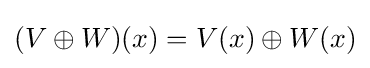
(V\oplus W)(x)=V(x)\oplus W(x)